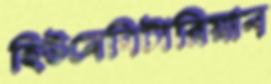
হিউমেনিটারিয়ান